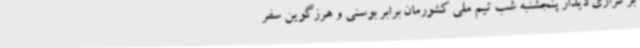
برگزاری دیدار پنجشنبه شب تیم ملی کشورمان برابر بوسنی و هرزگوین سفر